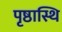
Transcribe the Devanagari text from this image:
पृष्ठास्थि